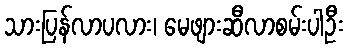
သားပြန်လာပလား၊ မေဖျားဆီလာစမ်းပါဦး